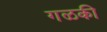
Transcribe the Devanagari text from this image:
गळकी